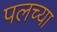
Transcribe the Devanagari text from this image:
पलच्या